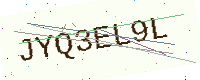
Text: JYQ3EL9L